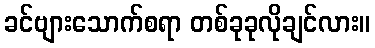
ခင်ဗျားသောက်စရာ တစ်ခုခုလိုချင်လား။